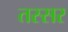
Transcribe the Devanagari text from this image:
तस्सर